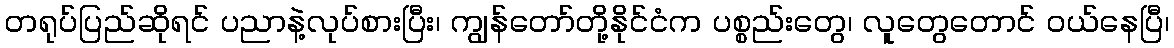
တရုပ်ပြည်ဆိုရင် ပညာနဲ့လုပ်စားပြီး၊ ကျွန်တော်တို့နိုင်ငံက ပစ္စည်းတွေ၊ လူတွေတောင် ဝယ်နေပြီ၊